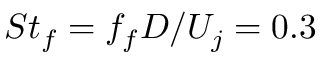
S t _ { f } = f _ { f } D / U _ { j } = 0 . 3